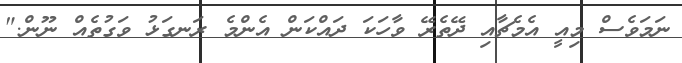
ނަމަވެސް މިއީ އެމެޗާއި ދޭތެރޭ ވާހަކަ ދައްކަން އެންމެ ރަނގަޅު ވަގުތެއް ނޫން."